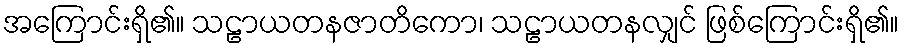
အကြောင်းရှိ၏။ သဠာယတနဇာတိကော၊ သဠာယတနလျှင် ဖြစ်ကြောင်းရှိ၏။